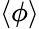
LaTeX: \langle\phi\rangle